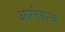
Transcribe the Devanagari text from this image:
आग्‍नेयास्‍त्र